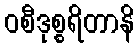
ဝစီဒုစ္စရိတာနိ